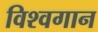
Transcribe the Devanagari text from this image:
विश्वगान